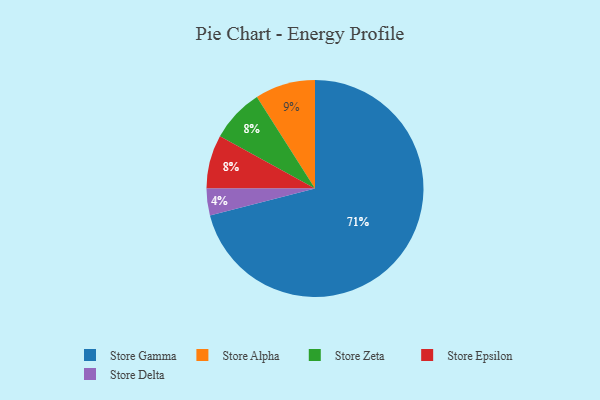
{"axis": {"x": "Category", "y": "Percentage"}, "legend": ["Store Alpha", "Store Delta", "Store Epsilon", "Store Gamma", "Store Zeta"], "data": [{"x": "Store Gamma", "y": 71, "type": "Store Gamma"}, {"x": "Store Alpha", "y": 9, "type": "Store Alpha"}, {"x": "Store Delta", "y": 4, "type": "Store Delta"}, {"x": "Store Zeta", "y": 8, "type": "Store Zeta"}, {"x": "Store Epsilon", "y": 8, "type": "Store Epsilon"}]}